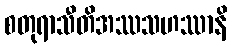
စတုရာသီတိအဿသဟဿာနိ